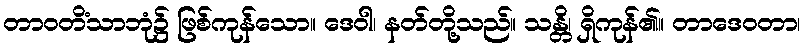
တာဝတိံသာဘုံ၌ ဖြစ်ကုန်သော။ ဒေဝါ၊ နတ်တို့သည်။ သန္တိ၊ ရှိကုန်၏။ တာဒေဝတာ၊